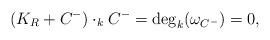
LaTeX: \begin{align*}(K_R+C^-) \cdot_k C^- = \deg_k (\omega_{C^-})=0,\end{align*}